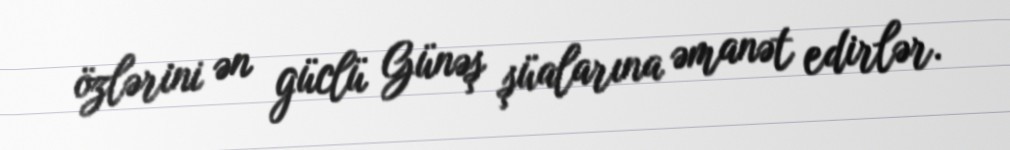
özlərini ən güclü Günəş şüalarına əmanət edirlər.